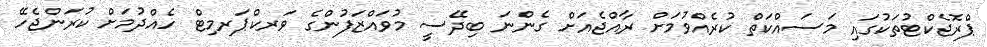
ޕްރޮޖެކްޓުތަކުގައި މަސައްކަތް ކުރެއްވުމަށް ރާއްޖެއަށް ގެންނަ ބިދޭސީ މުވައްޒަފުންގެ ވަރކްޕަރމިޓް ހެއްދުމަށް ކުރަންޖެހޭ